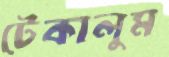
টেকালুম